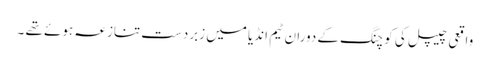
واقعی چیپل کی کوچنگ کے دوران ٹیم انڈیا میں زبردست تنازعہ ہوئے تھے ۔